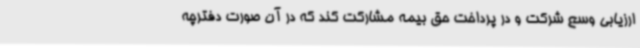
ارزیابی وسع شرکت و در پرداخت حق بیمه مشارکت کند که در آن صورت دفترچه